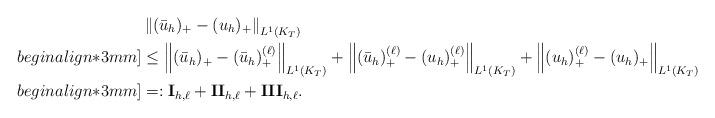
LaTeX: \begin{align*}&\left\|(\bar{u}_h)_+-(u_h)_+ \right\|_{L^1(K_T)} \\begin{align*}3mm]&\leq \left\|(\bar{u}_h)_+-(\bar{u}_h)_+^{(\ell)} \right\|_{L^1(K_T)}+\left\|(\bar{u}_h)_+^{(\ell)}-(u_h)_+^{(\ell)} \right\|_{L^1(K_T)}+\left\|(u_h)_+^{(\ell)}-(u_h)_+ \right\|_{L^1(K_T)} \\begin{align*}3mm]&=:\mathbf{I}_{h,\ell}+\mathbf{II}_{h,\ell}+\mathbf{III}_{h,\ell}.\end{align*}